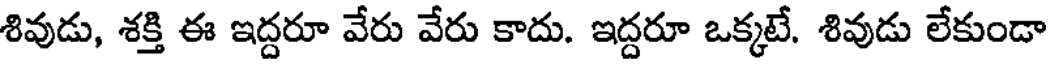
శివుడు, శక్తి ఈ ఇద్దరూ వేరు వేరు కాదు. ఇద్దరూ ఒక్కటే. శివుడు లేకుండా